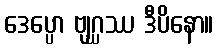
ဒေပ္ပော ဗျဂ္ဃဿ ဒီပိနော။